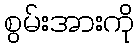
စွမ်းအားကို